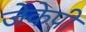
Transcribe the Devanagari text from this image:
जेकेपी